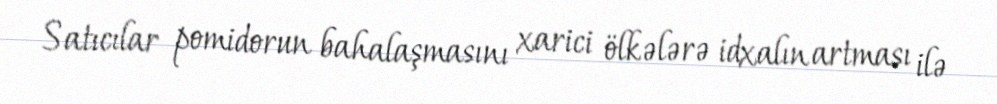
Satıcılar pomidorun bahalaşmasını xarici ölkələrə idxalın artması ilə